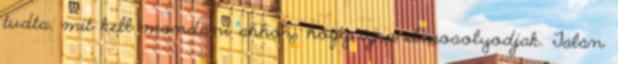
tudta, mit kell mondani ahhoz, hogy újra elmosolyodjak. Talán